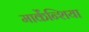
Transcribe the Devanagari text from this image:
मार्केंन्शिया